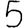
Digit: 5